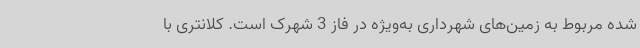
شده مربوط به زمین‌های شهرداری به‌ویژه در فاز 3 شهرک است. کلانتری با